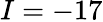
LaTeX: I=-17